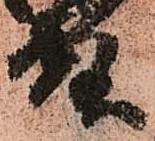
殿